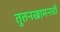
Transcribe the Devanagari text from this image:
तुतनखामनची